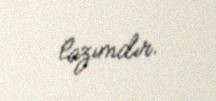
lazımdır.